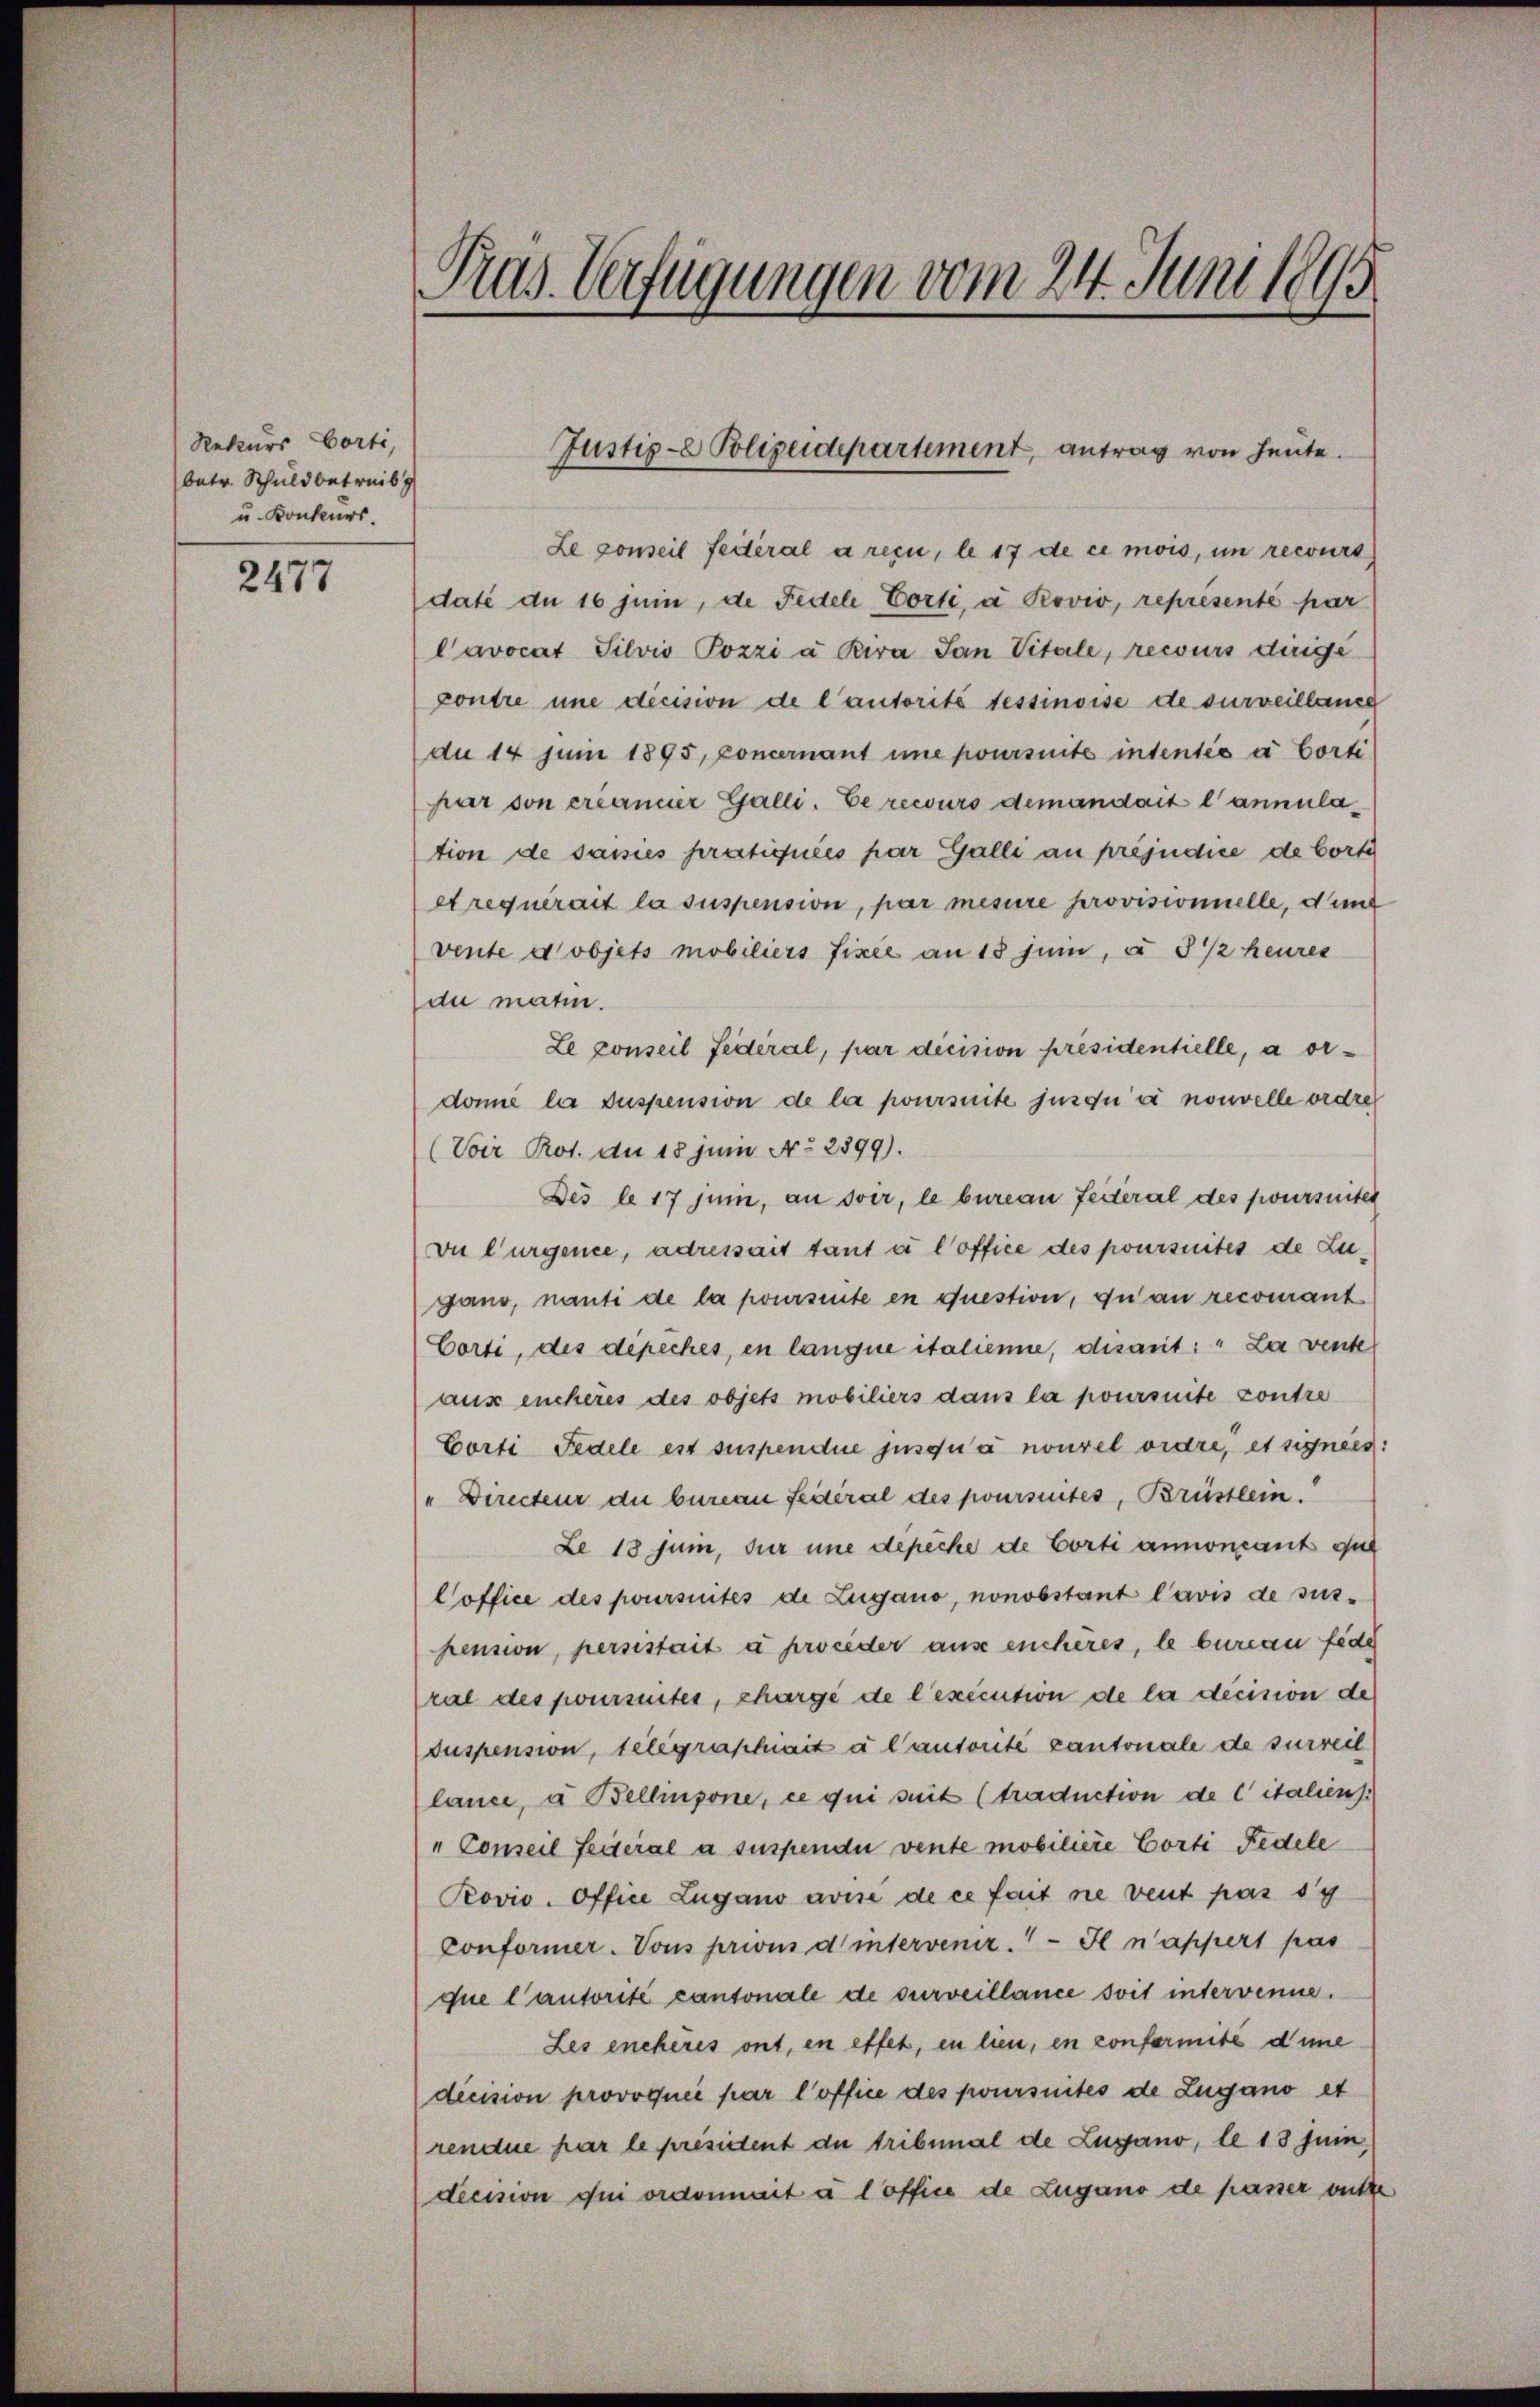
Rekurs Porti,
betr. Schuldbetreib
u. Konkurs.

2477

Le conseil federal a reçu, le 17 de ce mois, im recours
daté du 16 Junii, de Fedele Porti, à Rovio, representé par
Cavocat Silvio Pozzi a Kira San Vitale, recours dinge
contre une dicision de l’autorité tessinoise de surveillande
du 14 Juni 1895, Concernant une poursuite intentis à Corti
par von créancier Galli. Ee recours demandait l’annulation de saisies pratiquées par Galli au préjudice de borte
et requerait la suspension, par mesure provisionnelle, d und
vente dobjets mobiliers fixel an 13 juni, à 3 1/2 heures
du matin.
Le conseil Federal, par dicision présidentielle, a ordonie la suspension de la poursuite jusquai nouvelle ordre
(Voir Rot. du 18 juni No 2899).
Des le 17 Juni, an soir, le bureau feiteral des poursuites
Die Curgence, adressait tant à l’office des poursuites de Zugano, nanti de la poursuite en question, du an recourant
Corti, des dépeches, en langne italienne, disait: " La vente
aus encheres des objets mobiliers dans la poursuite contre
Corti Fedele est suspendue jusqua nouvel ordre, et signees:
" Directeur die bureau Federal des poursuites, Brüstlein.
Le 18 Juni, für une depeche de Corti annoncant que
Coffice des poursuites de Zugano, nonobstant l’avis de sus-
pension, persistait à proceder aus encheres, le bureau fede
ral des poursuites, charge de l’exécution de la décision de
Suspension, telegraphiait à lautorité cantonale de surveil
lance, à Bellinzone, ce qui seit (traduction de Citaliens.
"Conseil Seiteral a suspendii vente mobiliere Corti Fedele
Povio. Office Zugano avise de ce fait nie veut pas sy
Conformer. Vons prions d intervenir. Il n’appert pas
que lautorité cantonale de surveillance soit intervenne.
Les enchères ont, en effet, en lien, en conformite dene
dicision provoquée par l’office des poursuites de Zugano et
rendue par le presatent du tribunal de Lugano, le 13 Juni,
decision qui ordonnait à l’office de Zugano de passer bitte

Pras. Verfügungen vom 24. Juni 1895

Justiz- Polizeidepartement, antrag von heute.